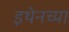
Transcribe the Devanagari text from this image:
इथेनच्या